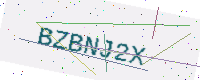
Text: BZBNJ2X